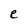
Character: e